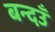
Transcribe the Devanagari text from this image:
बन्दउँ